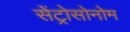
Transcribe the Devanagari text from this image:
सेंट्रोसोनोम